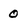
Character: 0